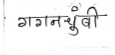
मजकूर: गगनचुंबी